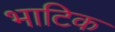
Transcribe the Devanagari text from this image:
भाटिक